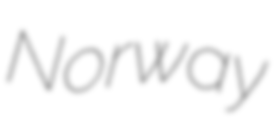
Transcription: Norway